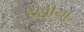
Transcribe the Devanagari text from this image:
देशीया